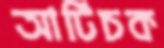
আর্টিচক